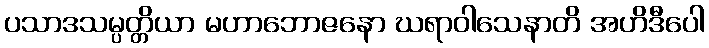
ပသာဒသမ္ပတ္တိယာ မဟာဘောဇနော ဃရာဝါသေနာတိ အဟိဒီပေါ